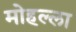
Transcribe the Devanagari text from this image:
मोहल्‍ला